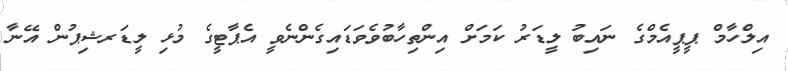
އިލްހާމް ޕީޕީއެމްގެ ނައިބު ލީޑަރު ކަމަށް އިންތިހާބުވެވަޑައިގެންނެވީ އެޕާޓީގެ މުޅި ލީޑަރޝިޕުން އޭނާ